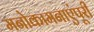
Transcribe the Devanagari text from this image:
मनोकामनाएंपूरी